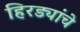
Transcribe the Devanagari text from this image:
हिरड्यांचे